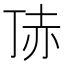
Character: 𧹚